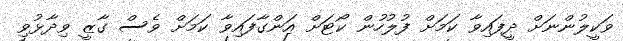
ވަކީލުންނަށް ދީފައިވާ ކަމަށް ފުލުހުން ކޯޓަށް އަންގާފައިވާ ކަމަށް ވެސް ގާޒީ ވިދާޅުވި